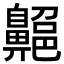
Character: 𪖱